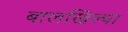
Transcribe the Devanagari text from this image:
बालखिल्या